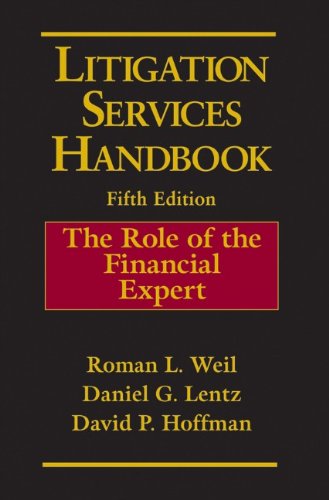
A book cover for Litigation Services Handbook: The Role of the Financial Expert; Law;